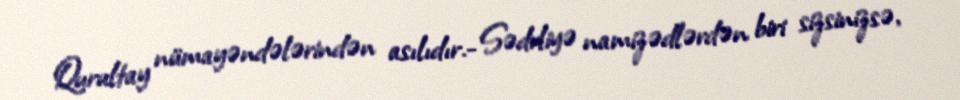
Qurultay nümayəndələrindən asılıdır.- Sədrliyə namizədlərdən biri sizsinizsə,